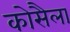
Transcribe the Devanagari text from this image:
कोसैला